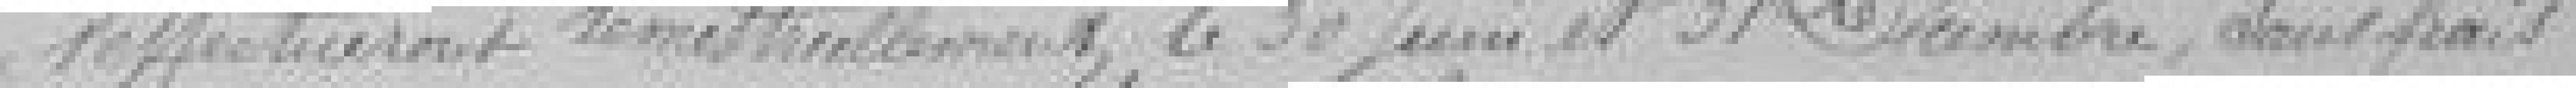
s'effectueront semestriellement, le 30 juin et 31 décembre, sans frais :